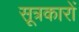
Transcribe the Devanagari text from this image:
सूत्रकारों